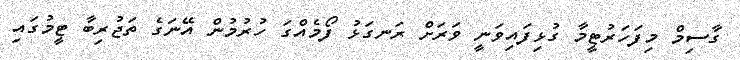
ގާސިމް މިފަހަރުޓީމާ ގުޅިފައިވަނީ ވަރަށް ރަނގަޅު ފޯމެއްގަ ހުރުމުން އޭނަގެ ތަޖުރިބާ ޓީމުގައި